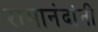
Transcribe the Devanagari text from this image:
रामानंदांनी